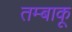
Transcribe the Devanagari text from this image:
तम्‍बाकू